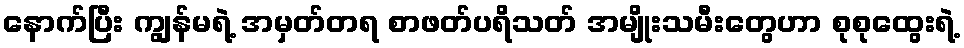
နောက်ပြီး ကျွန်မရဲ့ အမှတ်တရ စာဖတ်ပရိသတ် အမျိုးသမီးတွေဟာ စုစုထွေးရဲ့